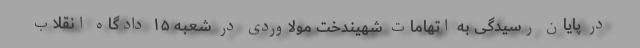
در پایان رسیدگی به اتهامات شهیندخت مولاوردی در شعبه ۱۵ دادگاه انقلاب